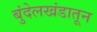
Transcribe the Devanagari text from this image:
बुंदेलखंडातून